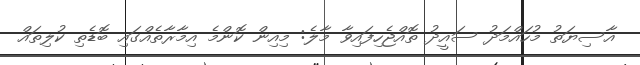
އާސިޔަތު މުހައްމަދު ސައީދު ތޮއްޖެހިފައިވާ މާލެ: މިއިން ކޮންމެ އިމާރާތެއްގައި ބޮޑެތި ކުލިތައް